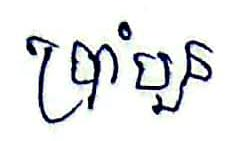
ប្រាំបួន